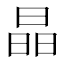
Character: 晶